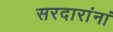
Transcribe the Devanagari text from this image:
सरदारांनां